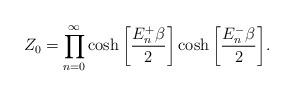
LaTeX: \begin{align*}Z_0 = \prod^{\infty}_{n=0} \cosh \bigg[\frac{E^+_n\beta}{2}\bigg] \cosh \bigg[\frac{E^-_n \beta}{2} \bigg]. \end{align*}